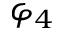
\varphi _ { 4 }